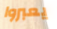
يعبروا